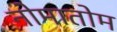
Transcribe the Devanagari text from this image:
नोमातोम